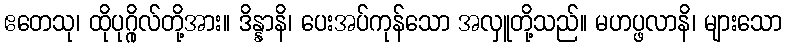
ဧတေသု၊ ထိုပုဂ္ဂိုလ်တို့အား။ ဒိန္နာနိ၊ ပေးအပ်ကုန်သော အလှူတို့သည်။ မဟပ္ဖလာနိ၊ များသော